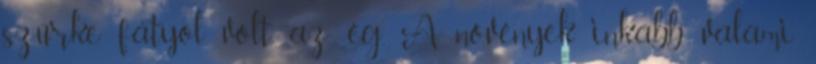
szürke fátyol volt az ég. A növények inkább valami